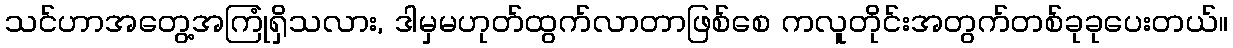
သင်ဟာအတွေ့အကြုံရှိသလား, ဒါမှမဟုတ်ထွက်လာတာဖြစ်စေ ကလူတိုင်းအတွက်တစ်ခုခုပေးတယ်။